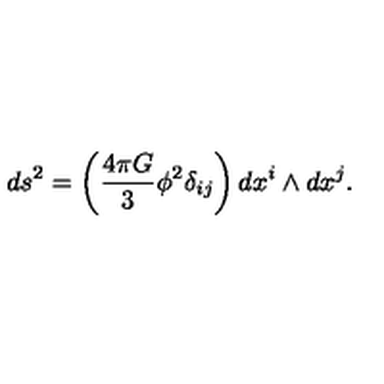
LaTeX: d s ^ { 2 } = \left( \frac { 4 \pi G } { 3 } \phi ^ { 2 } \delta _ { i j } \right) d x ^ { i } \wedge d x ^ { j } .